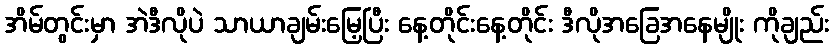
အိမ်တွင်းမှာ အဲဒီလိုပဲ သာယာချမ်းမြေ့ပြီး နေ့တိုင်းနေ့တိုင်း ဒီလိုအခြေအနေမျိုး ကိုချည်း